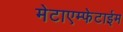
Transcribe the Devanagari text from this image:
मेटाएम्फेटाईम